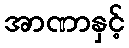
အာဏာနှင့်